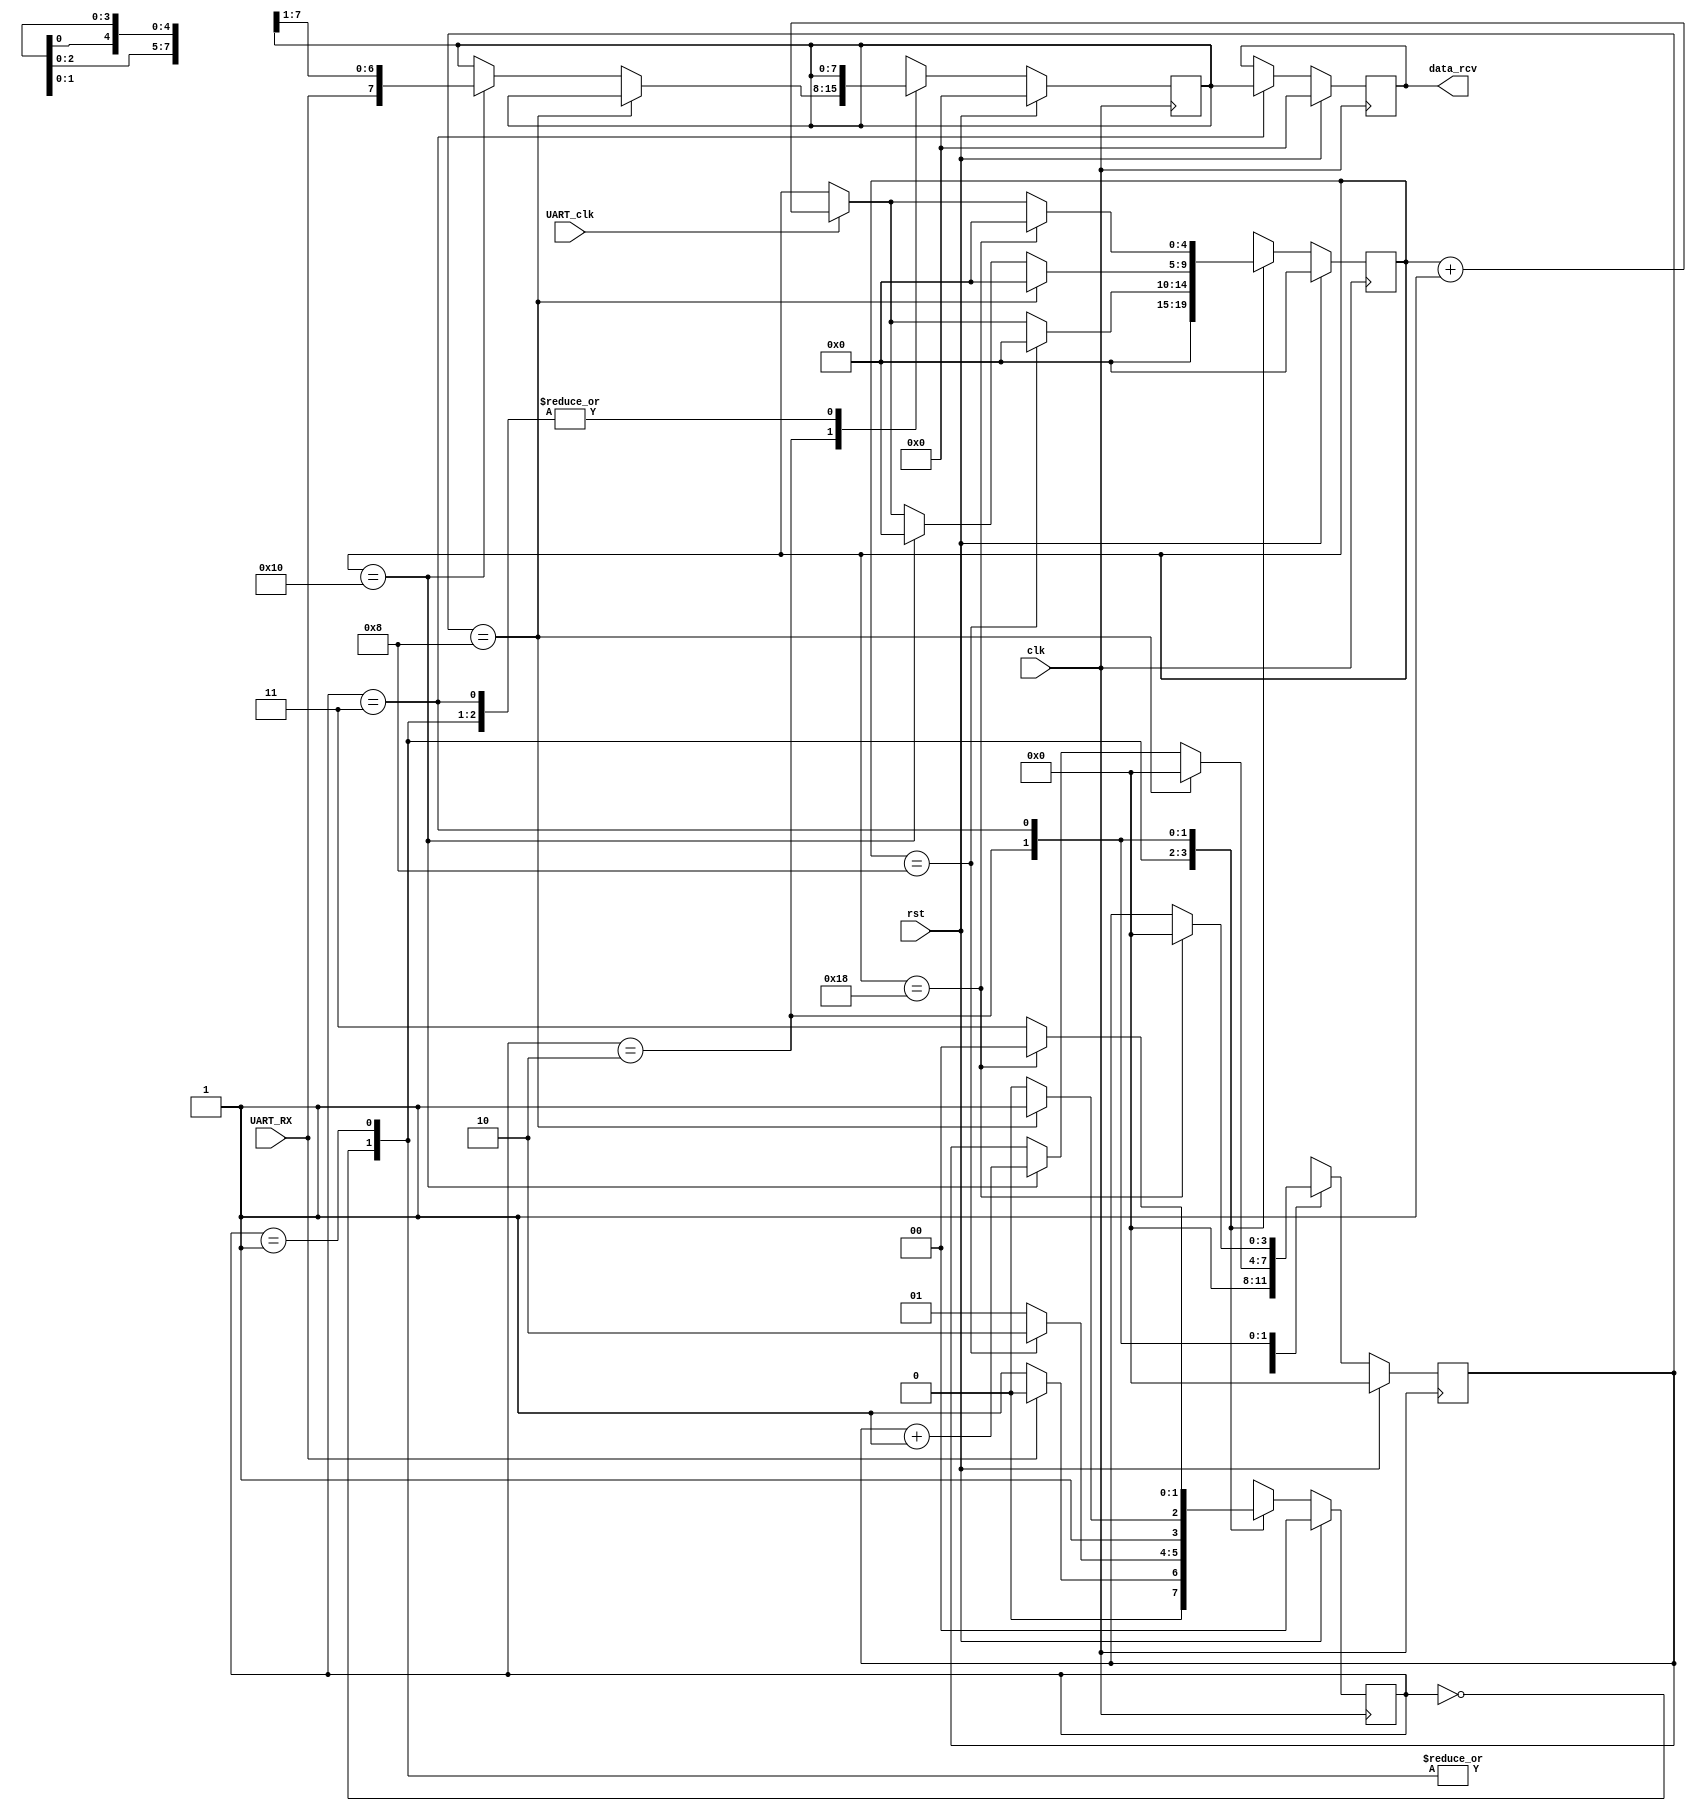
module UART_RXD(
    input clk,
    input UART_RX,
    input UART_clk,
    input rst,
    output reg [7:0] data_rcv
);
// parameters
parameter WAIT = 2'b00;
parameter START = 2'b01;
parameter REC = 2'b10;
parameter STOP = 2'b11;
// variables
reg [1:0] state, next_state;
reg [7:0] data, next_data;
reg [4:0] count, next_count;
reg [3:0] cnt_in, next_cnt_in;

always@(posedge clk) begin
    if(rst) begin
        state <= WAIT;
        data <= 8'd0;
        count <= 5'd0;
        cnt_in <= 4'd0;
        data_rcv <= 1'b0;
    end else begin
        state <= next_state;
        data <= next_data;
        count <= next_count;
        cnt_in <= next_cnt_in;
        if(state == STOP) data_rcv <= data;
        else data_rcv <= data_rcv;
    end
end

always@(*) begin
    case(state) 
        WAIT: begin
            if(UART_RX==1'b0) next_state = START;
            else next_state = WAIT;
            next_data = data;
            next_count = 5'd0;
            next_cnt_in = 4'd0;
        end
        START: begin
            if(count == 5'b01000) begin
                next_state = REC;
                next_data = data;
                next_count = 5'd0;
                next_cnt_in = 4'd0;
            end
            else begin
                next_state = START;
                next_data = data;
                if(UART_clk==1'b1) next_count = count + 1'b1;
                else next_count = count;
                next_cnt_in = 4'd0;
            end
        end
        REC: begin
            if(cnt_in==4'b1000) begin
                next_state = STOP;
                next_data = data;
                next_count = 5'd0;
                next_cnt_in = 4'd0;
            end else begin
                if(count==5'b10000) begin
                    next_state = REC;
                    next_data = {UART_RX, data[7:1]};
                    next_count = 5'd0;
                    next_cnt_in = cnt_in + 4'd1;
                end else begin
                    if(UART_clk==1'b1) begin
                        next_state = REC;
                        next_data = data;
                        next_count = count + 5'd1;
                        next_cnt_in = cnt_in;
                    end else begin
                        next_state = REC;
                        next_data = data;
                        next_count = count;
                        next_cnt_in = cnt_in;
                    end
                end
            end
        end
        STOP: begin
            if(count==5'd24) begin
                next_state = WAIT;
                next_data = data;
                next_count = 5'd0;
                next_cnt_in = 4'd0;
            end else begin
                next_state = STOP;
                next_data = data;
                next_cnt_in = cnt_in;
                if(UART_clk==1'b1) next_count = count +5'd1;
                else next_count = count;
            end
        end
    endcase
end
endmodule